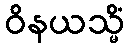
ဝိနယသ္မိံ